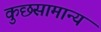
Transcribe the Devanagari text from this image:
कुछसामान्य